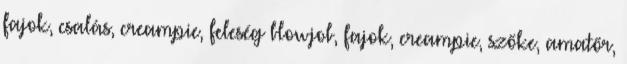
fajok, csalás, creampie, feleség blowjob, fajok, creampie, szőke, amatőr,